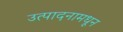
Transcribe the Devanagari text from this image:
उत्पादनामधून